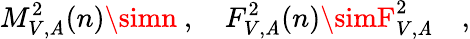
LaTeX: M_{V,\mathit{A}}^{2}(n)\simn\ ,\ \ \ \ F_{V,\mathit{A}}^{2}(n)\simF_{V,\mathit{A}}^{2}\quad,